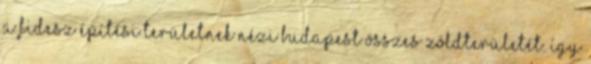
A Fidesz építési területnek nézi Budapest összes zöldterületét. Így